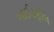
નાઈટફૉલ